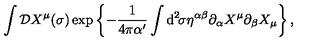
\int { \cal D } X ^ { \mu } ( \sigma ) \exp \left\{ - \frac { 1 } { 4 \pi \alpha ^ { \prime } } \int \mathrm { d } ^ { 2 } \! \sigma \eta ^ { \alpha \beta } \partial _ { \alpha } X ^ { \mu } \partial _ { \beta } X _ { \mu } \right\} ,